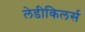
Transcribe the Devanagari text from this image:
लेडीकिलर्स